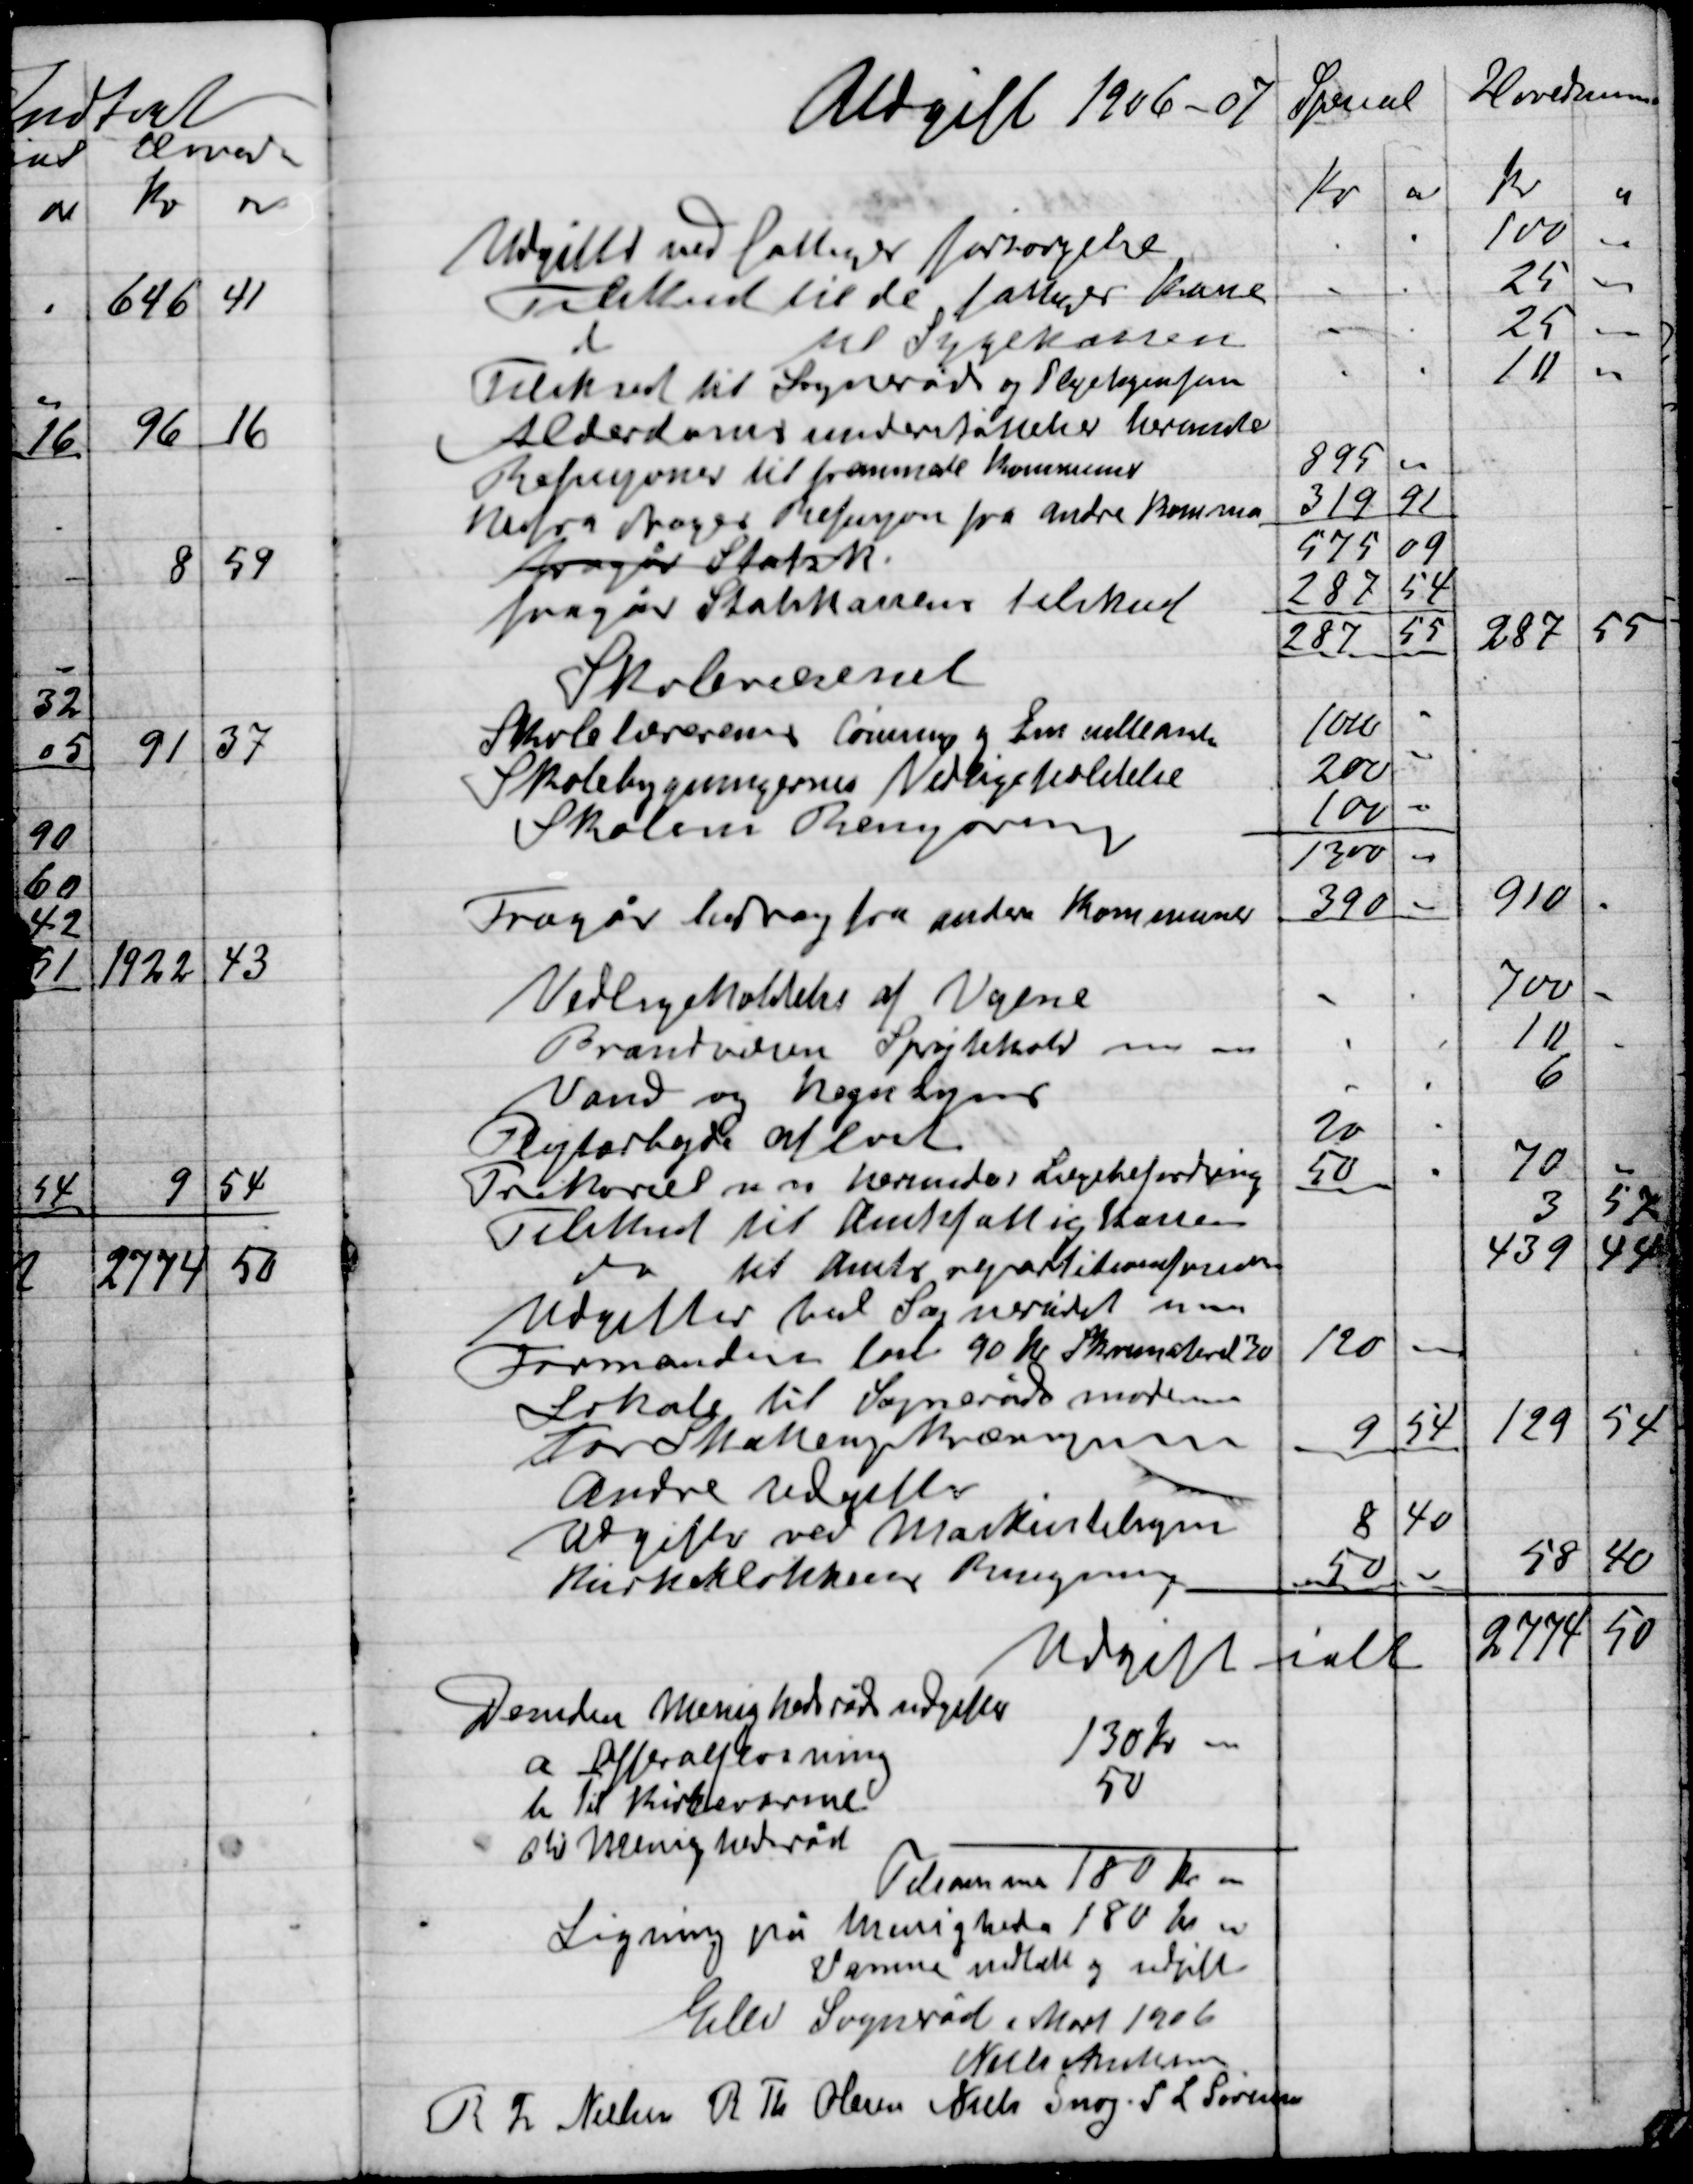
Transskription:
Elev Sogneråd Marts 1906

Niels Andersen
R. Th. Nielsen
R. Th. Olsen
Niels Snog 
S. L. Sørensen